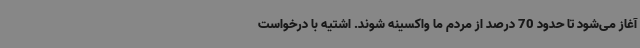
آغاز می‌شود تا حدود 70 درصد از مردم ما واکسینه شوند. اشتیه با درخواست